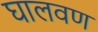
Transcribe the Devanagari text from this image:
घालवण